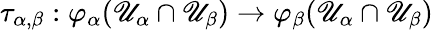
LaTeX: \tau_{\alpha,\beta}:\varphi_{\alpha}(\mathscr{U}_{\alpha}\cap\mathscr{U}_{\beta})\to\varphi_{\beta}(\mathscr{U}_{\alpha}\cap\mathscr{U}_{\beta})